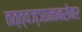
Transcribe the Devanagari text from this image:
तत्त्वज्ञानाबरोबर